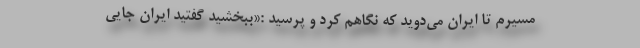
مسیرم تا ایران می‌دوید که نگاهم کرد و پرسید :«ببخشید گفتید ایران جایی